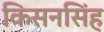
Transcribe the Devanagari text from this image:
किसनसिंह